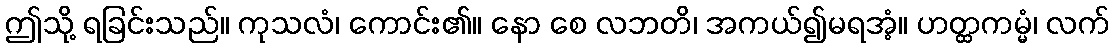
ဤသို့ ရခြင်းသည်။ ကုသလံ၊ ကောင်း၏။ နော စေ လဘတိ၊ အကယ်၍မရအံ့။ ဟတ္ထကမ္မံ၊ လက်